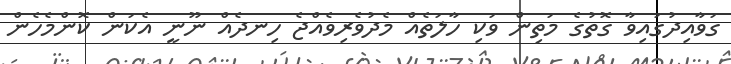
ގަވާއިދުގައިވާ ގޮތުގެ މަތިން ވަކި ހާލަތެއް މެދުވެރިވެއްޖެ ހިނދެއް ނޫނީ އެކަން ކޮންމެހެން